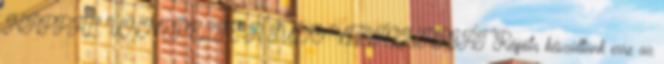
NAPPAL ÜNNEPELTE A JUDO VILÁGNAPJÁT Régóta készültünk erre az